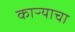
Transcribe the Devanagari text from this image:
काऱ्याचा